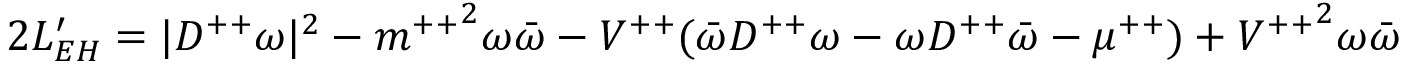
2 L _ { E H } ^ { \prime } = | { D ^ { + + } \omega } | ^ { 2 } - { m ^ { + + } } ^ { 2 } \omega \bar { \omega } - V ^ { + + } ( \bar { \omega } D ^ { + + } \omega - \omega D ^ { + + } \bar { \omega } - \mu ^ { + + } ) + { V ^ { + + } } ^ { 2 } \omega \bar { \omega }